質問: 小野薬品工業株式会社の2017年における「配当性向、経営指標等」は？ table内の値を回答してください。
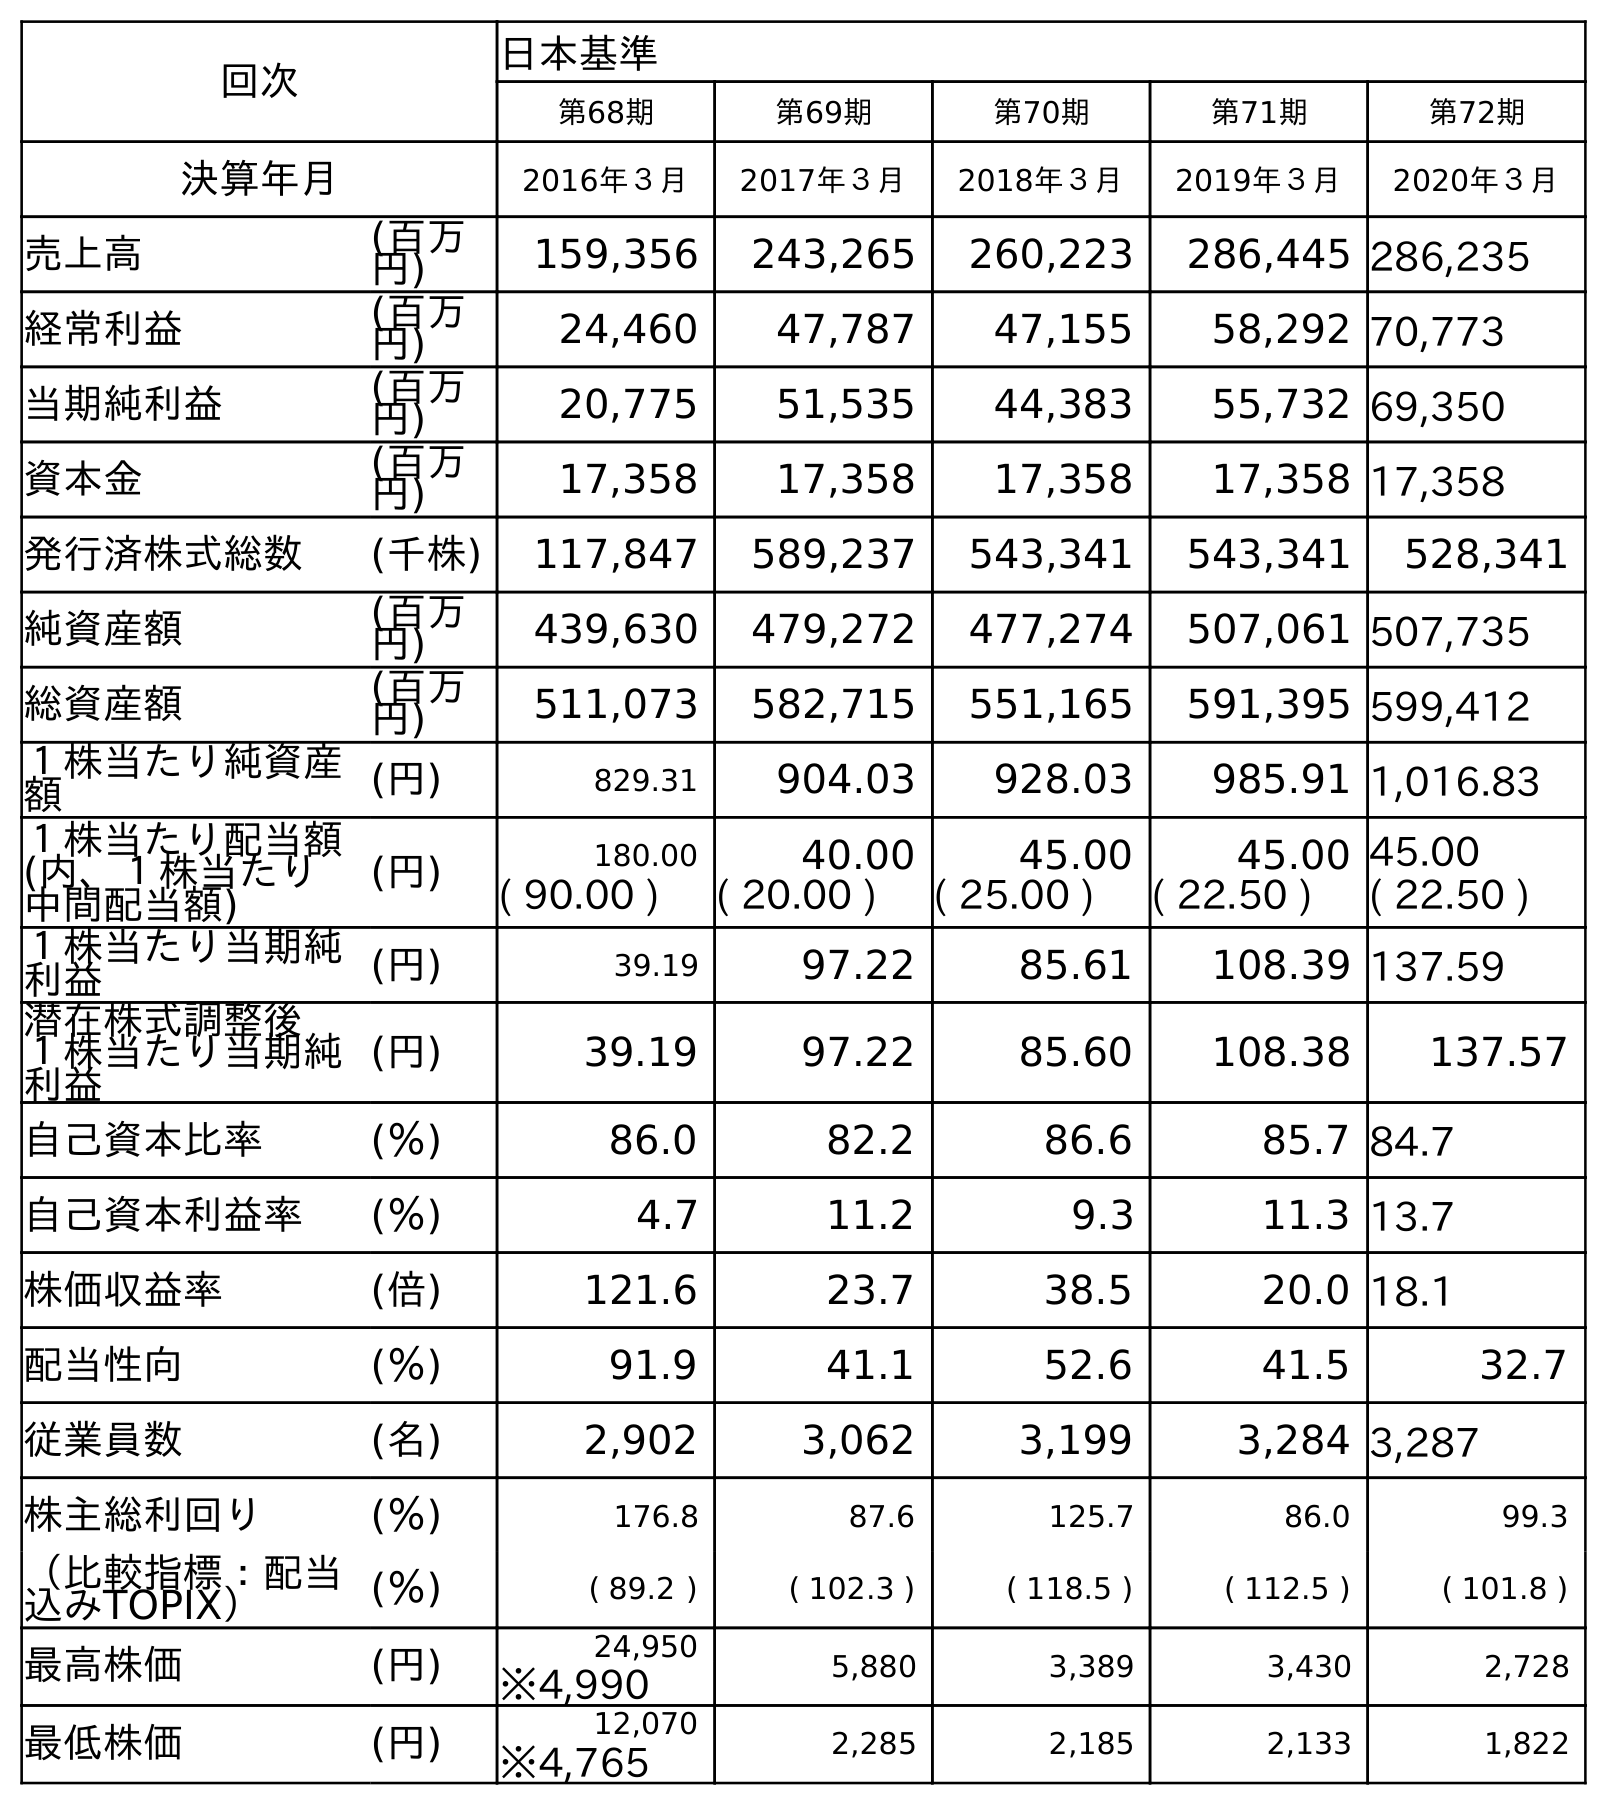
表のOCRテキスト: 回次 日本基準 第68期 第69期 第70期 第71期 第72期 決算年月 2016年３月 2017年３月 2018年３月 2019年３月 2020年３月 売上高 (百万 円) 159,356 243,265 260,223 286,445 286,235 経常利益 (百万 円) 24,460 47,787 47,155 58,292 70,773 当期純利益 (百万 円) 20,775 51,535 44,383 55,732 69,350 資本金 (百万 円) 17,358 17,358 17,358 17,358 17,358 発行済株式総数 (千株) 117,847 589,237 543,341 543,341 528,341 純資産額 (百万 円) 439,630 479,272 477,274 507,061 507,735 総資産額 (百万 円) 511,073 582,715 551,165 591,395 599,412 １株当たり純資産 額 (円) 829.31 904.03 928.03 985.91 1,016.83 １株当たり配当額 (内、１株当たり 中間配当額) (円) 180.00 40.00 45.00 45.00 45.00 ( 90.00 ) ( 20.00 ) ( 25.00 ) ( 22.50 ) ( 22.50 ) １株当たり当期純 利益 (円) 39.19 97.22 85.61 108.39 137.59 潜在株式調整後 １株当たり当期純 利益 (円) 39.19 97.22 85.60 108.38 137.57 自己資本比率 (％) 86.0 82.2 86.6 85.7 84.7 自己資本利益率 (％) 4.7 11.2 9.3 11.3 13.7 株価収益率 (倍) 121.6 23.7 38.5 20.0 18.1 配当性向 (％) 91.9 41.1 52.6 41.5 32.7 従業員数 (名) 2,902 3,062 3,199 3,284 3,287 株主総利回り (％) 176.8 87.6 125.7 86.0 99.3 （比較指標：配当 込みTOPIX） (％) ( 89.2 ) ( 102.3 ) ( 118.5 ) ( 112.5 ) ( 101.8 ) 最高株価 (円) 24,950 5,880 3,389 3,430 2,728 ※4,990 最低株価 (円) 12,070 2,285 2,185 2,133 1,822 ※4,765
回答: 41.1